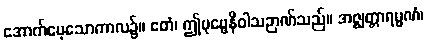
အောက်မေ့သောကာလ၌။ ဧတံ၊ ဤပုဗ္ဗေနိဝါသဉာဏ်သည်။ အဇ္ဈတ္တာရမ္မဏံ၊